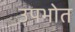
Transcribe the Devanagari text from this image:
उपभोत